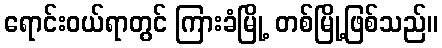
ရောင်းဝယ်ရာတွင် ကြားခံမြို့ တစ်မြို့ဖြစ်သည်။